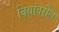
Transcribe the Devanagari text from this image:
बियांवरील